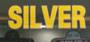
silver